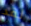
لقد